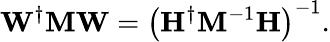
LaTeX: \mathbf{W}^{\dagger}\mathbf{M}\mathbf{W}=\left(\mathbf{H}^{\dagger}\mathbf{M}^{-1}\mathbf{H}\right)^{-1}.